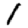
Digit: 1